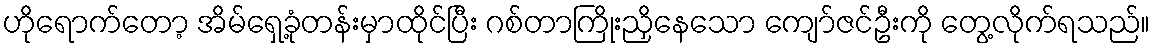
ဟိုရောက်တော့ အိမ်ရှေ့ခုံတန်းမှာထိုင်ပြီး ဂစ်တာကြိုးညှိနေသော ကျော်ဇင်ဦးကို တွေ့လိုက်ရသည်။